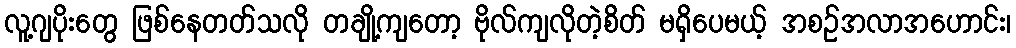
လူ့ဂျပိုးတွေ ဖြစ်နေတတ်သလို တချို့ကျတော့ ဗိုလ်ကျလိုတဲ့စိတ် မရှိပေမယ့် အစဉ်အလာအဟောင်း၊